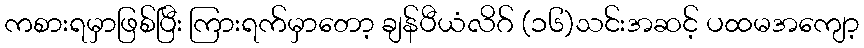
ကစားရမှာဖြစ်ပြီး ကြားရက်မှာတော့ ချန်ပီယံလိဂ် (၁၆)သင်းအဆင့် ပထမအကျော့